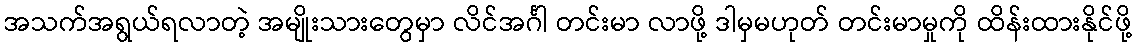
အသက်အရွယ်ရလာတဲ့ အမျိုးသားတွေမှာ လိင်အင်္ဂါ တင်းမာ လာဖို့ ဒါမှမဟုတ် တင်းမာမှုကို ထိန်းထားနိုင်ဖို့